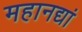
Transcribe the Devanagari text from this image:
महानद्यां